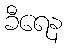
ခီရေန